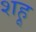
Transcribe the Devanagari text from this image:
शहू